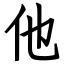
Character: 他